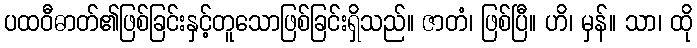
ပထဝီဓာတ်၏ဖြစ်ခြင်းနှင့်တူသောဖြစ်ခြင်းရှိသည်။ ဇာတံ၊ ဖြစ်ပြီ။ ဟိ၊ မှန်။ သာ၊ ထို